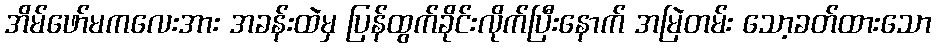
အိမ်ဖော်မကလေးအား အခန်းထဲမှ ပြန်ထွက်ခိုင်းလိုက်ပြီးနောက် အမြဲတမ်း သော့ခတ်ထားသော